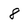
Character: 8